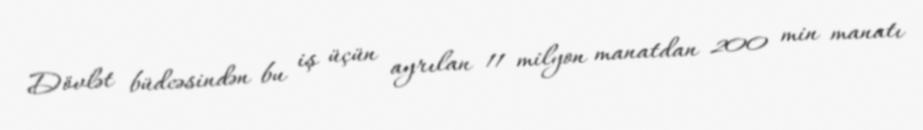
Dövlət büdcəsindən bu iş üçün ayrılan 11 milyon manatdan 200 min manatı